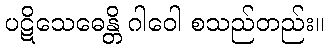
ပဋိသေဓေန္တိ ဂါဝေါ စသည်တည်း။